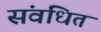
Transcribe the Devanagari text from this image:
संवधित